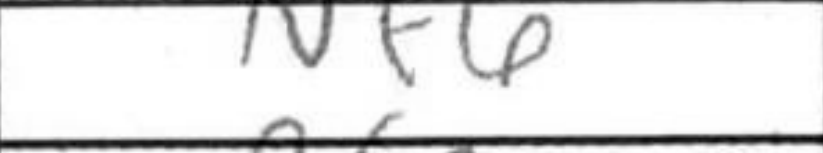
Transcription: Nf6